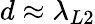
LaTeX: d\approx\lambda_{L2}